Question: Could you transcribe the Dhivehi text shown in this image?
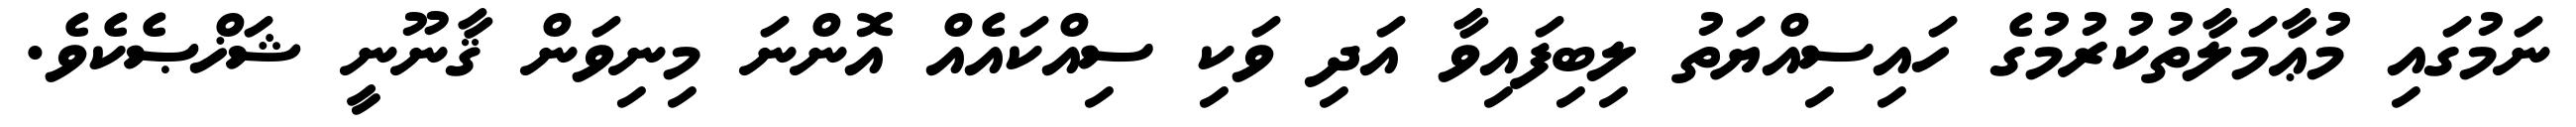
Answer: ނަމުގައި މުޢާމަލާތުކުރުމުގެ ހައިސިއްޔަތު ލިބިފައިވާ އަދި ވަކި ސިއްކައެއް އޮންނަ މިނިވަން ޤާނޫނީ ޝަޚްޞެކެވެ.